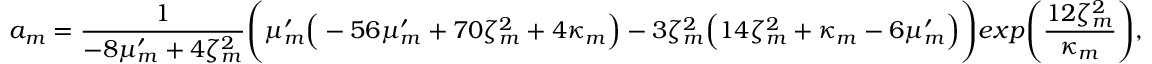
a _ { m } = \frac { 1 } { - 8 \mu _ { m } ^ { \prime } + 4 \zeta _ { m } ^ { 2 } } \Bigg ( \mu _ { m } ^ { \prime } \Big ( - 5 6 \mu _ { m } ^ { \prime } + 7 0 \zeta _ { m } ^ { 2 } + 4 \kappa _ { m } \Big ) - 3 \zeta _ { m } ^ { 2 } \Big ( 1 4 \zeta _ { m } ^ { 2 } + \kappa _ { m } - 6 \mu _ { m } ^ { \prime } \Big ) \Bigg ) e x p \Bigg ( \frac { 1 2 \zeta _ { m } ^ { 2 } } { \kappa _ { m } } \Bigg ) ,